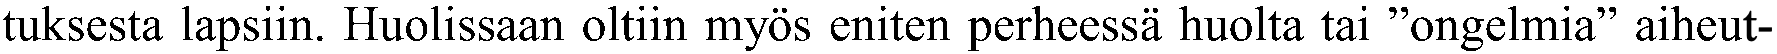
tuksesta lapsiin. Huolissaan oltiin myös eniten perheessä huolta tai ”ongelmia” aiheut-